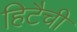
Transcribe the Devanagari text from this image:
हिटैची